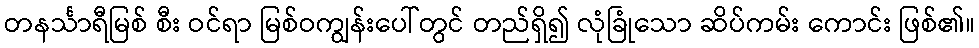
တနင်္သာရီမြစ် စီး ဝင်ရာ မြစ်ဝကျွန်းပေါ်တွင် တည်ရှိ၍ လုံခြုံသော ဆိပ်ကမ်း ကောင်း ဖြစ်၏။